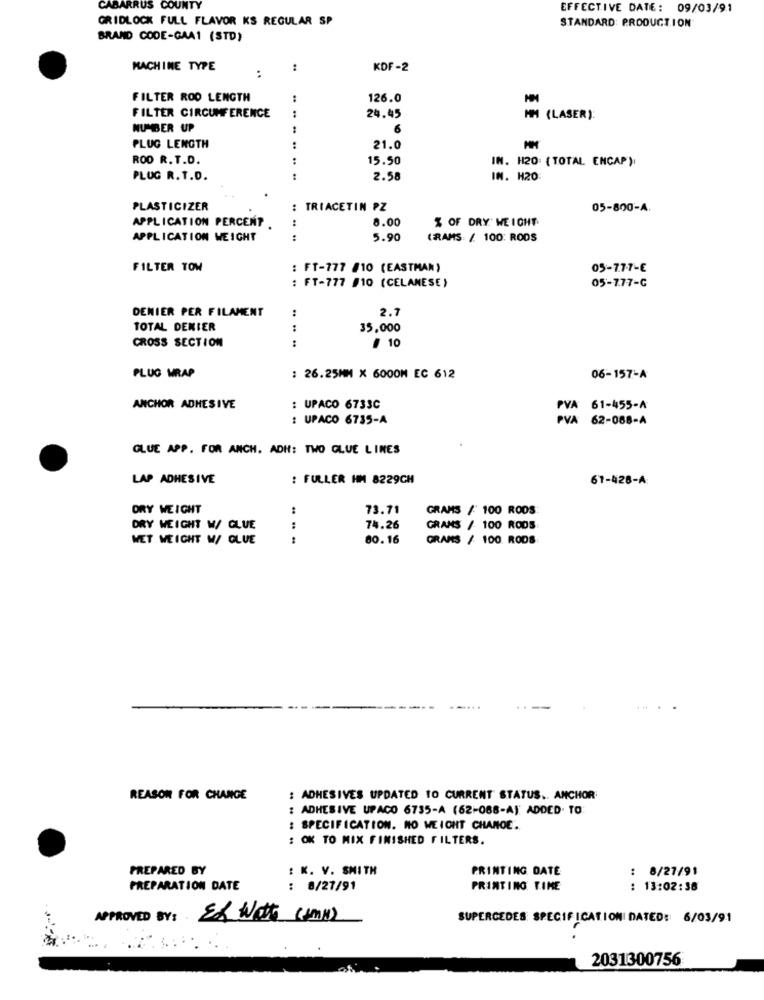
CABARRUS COUNTY
EFFECTIVE DATE: 09/03/91
GRIDLOCK FULL FLAVOR KS REGULAR SP
STANDARD: PRODUCTION
BRAND CODE-GAA1 (STD)
MACHINE TYPE
KDF-2
FILTER ROO LENGTH
126.0
:
FILTER CIRCUMFERENCE
24.45
MM (LASER):
NUMBER UP
6
PLUG LENGTH
:
21.0
ROD R. T.D.
15.50
IN. H20: { TOTAL ENCAP):
..
PLUG R.T.D.
2.58
IN. H20:
PLASTICIZER
: TRIACETIN PZ
05-800-A.
8.00
% OF DRY' WEIGHT
APPLICATION PERCENT .
APPLICATION WEIGHT
5.90
(RAMS / 100: RODS
FILTER TOW
: FT-777 #10 (EASTMAN)
05-77-7-E
: FT-777 #10 (CELANESE)
05-777-G
DENIER PER FILAMENT
2.7
TOTAL DENIER
:
35,000
:
CROSS SECTION
/ 10
PLUG WRAP
: 26.25MM × 6000M EC 612
06-157-A
ANCHOR ADHESIVE
: UPACO 6733C
PVA 61-455-A
: UPACO 6735-A
PVA 62-088-A
GLUE APP. FOR ANCH. ADH: TWO GLUE LINES
LAP ADHESIVE
: FULLER HM 8229CH
67-428-A
ORY WEIGHT
:
73.71
GRAMS / 100 ROOS:
DRY WEIGHT W/ GLUE
:
74.26
GRANS / 100 RODS
WET WEIGHT W/ GLUE
80.16
GRANS / 100 RODS
REASON FOR CHANGE
: ADHESIVES UPDATED TO CURRENT STATUS .. ANCHOR
: ADHESIVE UPACO 6735-A (62-068-AJ ADDED. TO:
: SPECIFICATION. NO WEICHT CHANOE .
: OK TO MIX FINISHED FILTERS.
PREPARED BY
: K. V. SMITH
PRINTING DATE
: 8/27/91
PREPARATION DATE
: 8/27/91
PRINTING TIME
: 13:02:38
APPROVED BY: EL Watt (AmN)
SUPERCEDES SPECIFICATION DATED: 6/03/91
2031300756